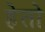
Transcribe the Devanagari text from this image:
हेतो